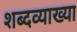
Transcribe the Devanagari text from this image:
शब्दव्याख्या